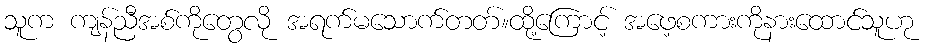
သူက ကျန်ညီအစ်ကိုတွေလို အရက်မသောက်တတ်။ထို့ကြောင့် အဖေ့စကားကိုနားထောင်သူဟု